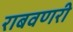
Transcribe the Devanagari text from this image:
राबवणरी